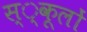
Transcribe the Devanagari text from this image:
स्‍्कूलों